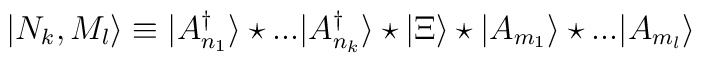
|N_k,M_l\rangle\equiv |A^{\dag}_{n_{1}}\rangle\star...|A^{\dag}_{n_k}\rangle \star |\Xi\rangle \star|A_{m_1}\rangle \star ...|A_{m_l}\rangle